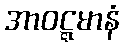
အာဝဋ္ဋမာနံ